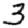
Digit: 3